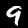
Label: 9